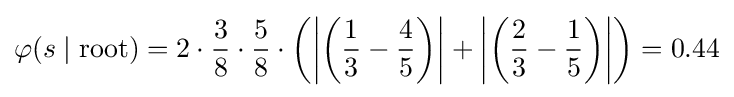
\varphi (s\mid {\text{root}})=2\cdot {\frac {3}{8}}\cdot {\frac {5}{8}}\cdot \left(\left|\left({\frac {1}{3}}-{\frac {4}{5}}\right)\right|+\left|\left({\frac {2}{3}}-{\frac {1}{5}}\right)\right|\right)=0.44